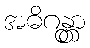
အဓိဂန္တွာ